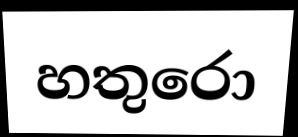
හතුරො